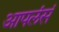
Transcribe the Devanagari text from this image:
आपलंसं